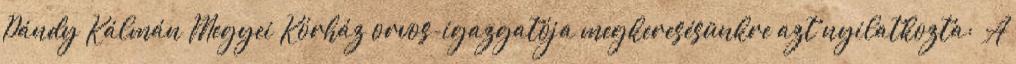
Pándy Kálmán Megyei Kórház orvos-igazgatója megkeresésünkre azt nyilatkozta: „A